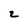
Character: 2